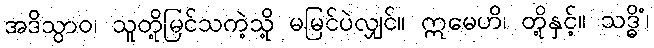
အဒိသွာဝ၊ သူတို့မြင်သကဲ့သို့ မမြင်ပဲလျှင်။ ဣမေဟိ၊ တို့နှင့်။ သဒ္ဓိံ၊